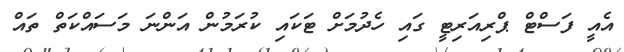
އެއީ ފަސްޓް ޕްރިއަރިޓީ ގައި ހެދުމަށް ޓަކައި ކުރަމުން އަންނަ މަސައްކަތް ތައް